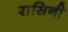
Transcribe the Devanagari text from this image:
रासिनी